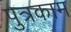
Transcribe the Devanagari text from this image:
पुत्रकाम